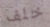
خلف